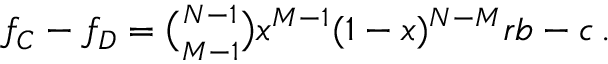
\begin{array} { r } { f _ { C } - f _ { D } = \binom { N - 1 } { M - 1 } x ^ { M - 1 } ( 1 - x ) ^ { N - M } r b - c \, . } \end{array}